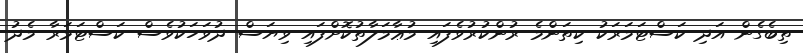
ތިބެގެން އަދި ކަސްޓަމަރަކު ކިތަންމެ ރުންކުރުވެފައި މުޢާމަލާތުކޮށްފައި ވިޔަސް ދުވަހަކުވެސް ކަސްޓަމަރާ މެދު